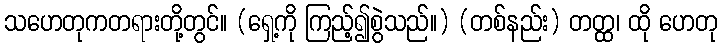
သဟေတုကတရားတို့တွင်။ (ရှေ့ကို ကြည့်၍စွဲသည်။) (တစ်နည်း) တတ္ထ၊ ထို ဟေတု